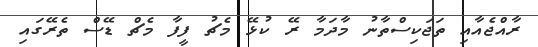
ރާއްޖެއާއި ތަޖަކިސްތާނު މާދަމާ ރޭ ކުޅޭ މެޗު ފީފާ މެޗް ޑޭސް ތެރޭގައި